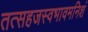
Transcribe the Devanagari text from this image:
तत्सहजस्वभावमनिशं